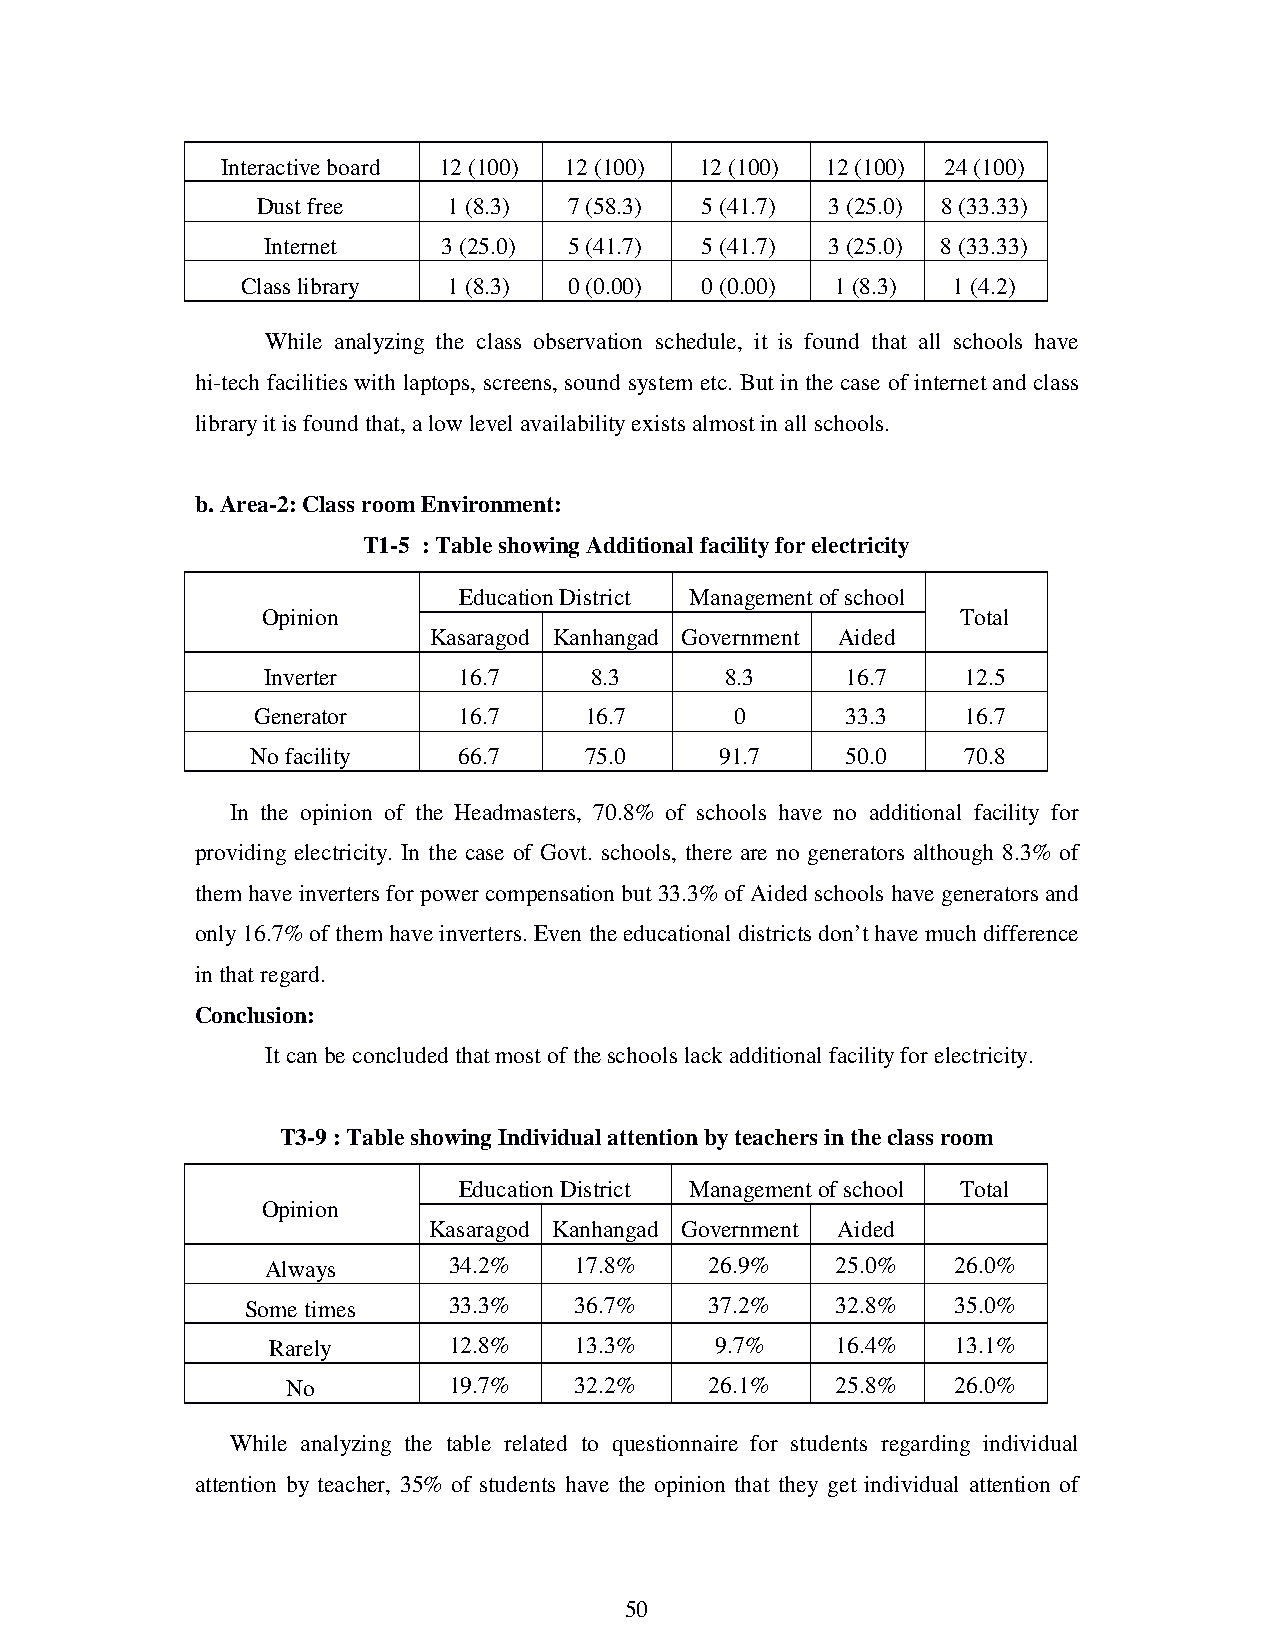
Interactive board 12 (100) 12 (100) 12 (100) 12 (100) 24 (100)
 Dust free    1 (8.3) 7 (58.3) 5 (41.7) 3 (25.0) 8 (33.33)
 Internet    3 (25.0) 5 (41.7) 5 (41.7) 3 (25.0) 8 (33.33)
 Class library 1 (8.3) 0 (0.00) 0 (0.00) 1 (8.3) 1 (4.2)
 While analyzing the class observation schedule, it is found that all schools have
 hi-tech facilities with laptops, screens, sound system etc. But in the case of internet and class
 library it is found that, a low level availability exists almost in all schools.
 b. Area-2: Class room Environment:
 T1-5 : Table showing Additional facility for electricity
 Education District Management of school
 Opinion                                        Total
 Kasaragod Kanhangad Government Aided
 Inverter     16.7     8.3      8.3     16.7    12.5
 Generator    16.7     16.7      0      33.3    16.7
 No facility  66.7     75.0     91.7    50.0    70.8
 In the opinion of the Headmasters, 70.8% of schools have no additional facility for
 providing electricity. In the case of Govt. schools, there are no generators although 8.3% of
 them have inverters for power compensation but 33.3% of Aided schools have generators and
 only 16.7% of them have inverters. Even the educational districts don’t have much difference
 in that regard.
 Conclusion:
 It can be concluded that most of the schools lack additional facility for electricity.
 T3-9 : Table showing Individual attention by teachers in the class room
 Education District Management of school Total
 Opinion
 Kasaragod Kanhangad Government Aided
 Always      34.2%   17.8%    26.9%   25.0%   26.0%
 Some times    33.3%   36.7%    37.2%   32.8%   35.0%
 Rarely      12.8%   13.3%    9.7%    16.4%   13.1%
 No         19.7%   32.2%    26.1%   25.8%   26.0%
 While analyzing the table related to questionnaire for students regarding individual
 attention by teacher, 35% of students have the opinion that they get individual attention of
 50